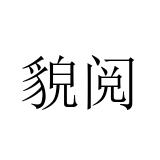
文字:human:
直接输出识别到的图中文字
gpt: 貌阅